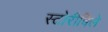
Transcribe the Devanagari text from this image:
स्टोरीविले